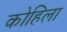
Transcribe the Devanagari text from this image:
कोहिला